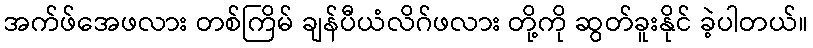
အက်ဖ်အေဖလား တစ်ကြိမ် ချန်ပီယံလိဂ်ဖလား တို့ကို ဆွတ်ခူးနိုင် ခဲ့ပါတယ်။